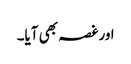
اور غصہ بھی آیا۔